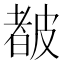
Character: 𥀁